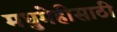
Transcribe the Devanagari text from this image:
मधुमेहीसाठी